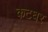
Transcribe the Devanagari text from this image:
कटघर